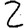
Digit: 2